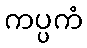
ကပ္ပကံ